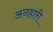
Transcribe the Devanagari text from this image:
अनहारी